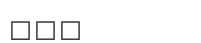
١٠٨